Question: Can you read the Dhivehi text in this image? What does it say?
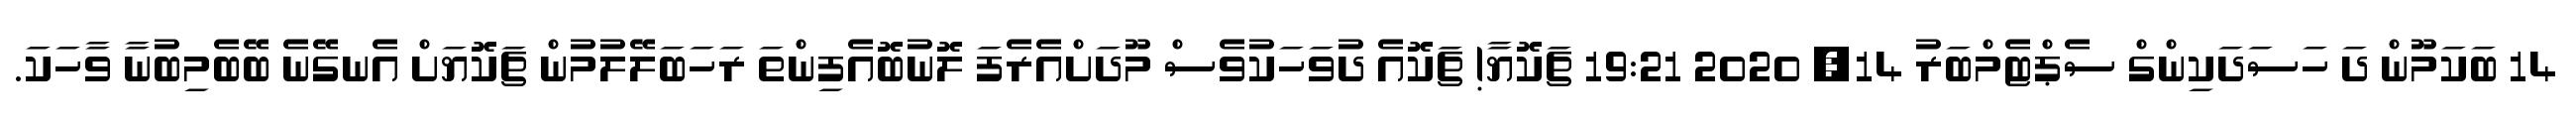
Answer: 14 ބަކަމޫން ދަ ހަސަދަކިންގް ސެޕްޓެމްބަރު 14, 2020 19:21 ޗަކޮޔާ! ޗަކޮއެ ދުވަހަކުވެސް މޫދަށްއެރެފަ ލޮނުބޮއެފިންތަ ރަހަބަލޭލުމުން ޗަކޮޔަށް އެނގޭނެ ބޭބެމިބުނާ ވާހަކަ.